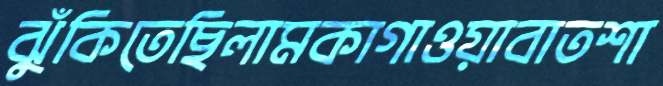
ঝুঁকিতেছিলামকাগাওয়াবাতশা